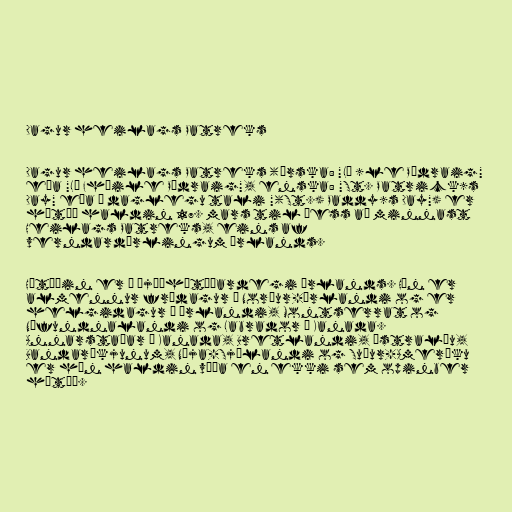
Dagur heilags Patreks

Dagur heilags Patreks (írska: "Lá ’le Pádraig"
eða "Lá Fhéile Pádraig", enska: "St. Patrick’s
Day" eða í daglegu tali "(St.) Paddy’s Day") er
hátíð haldin 17. mars til þess að minnast
Heilags Patreks, eins af
verndardýrlingum Írlands.

Hátíðin er á þjóðhátíðardegi Írlands. Hún er
almennur frídagur á Norður-Írlandi og er
helgidagur á Írlandi, Montserrat og
Nýfundnalandi og Labrador í Kanada.
Annarstaðar í Kanada, Bretlandi, Ástralíu,
Bandaríkjunum, Nýja-Sjálandi og Suður-Ameríku
er hún haldin víða en ekki sem opinber
hátíð.